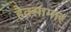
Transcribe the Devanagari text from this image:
हैक्सामार